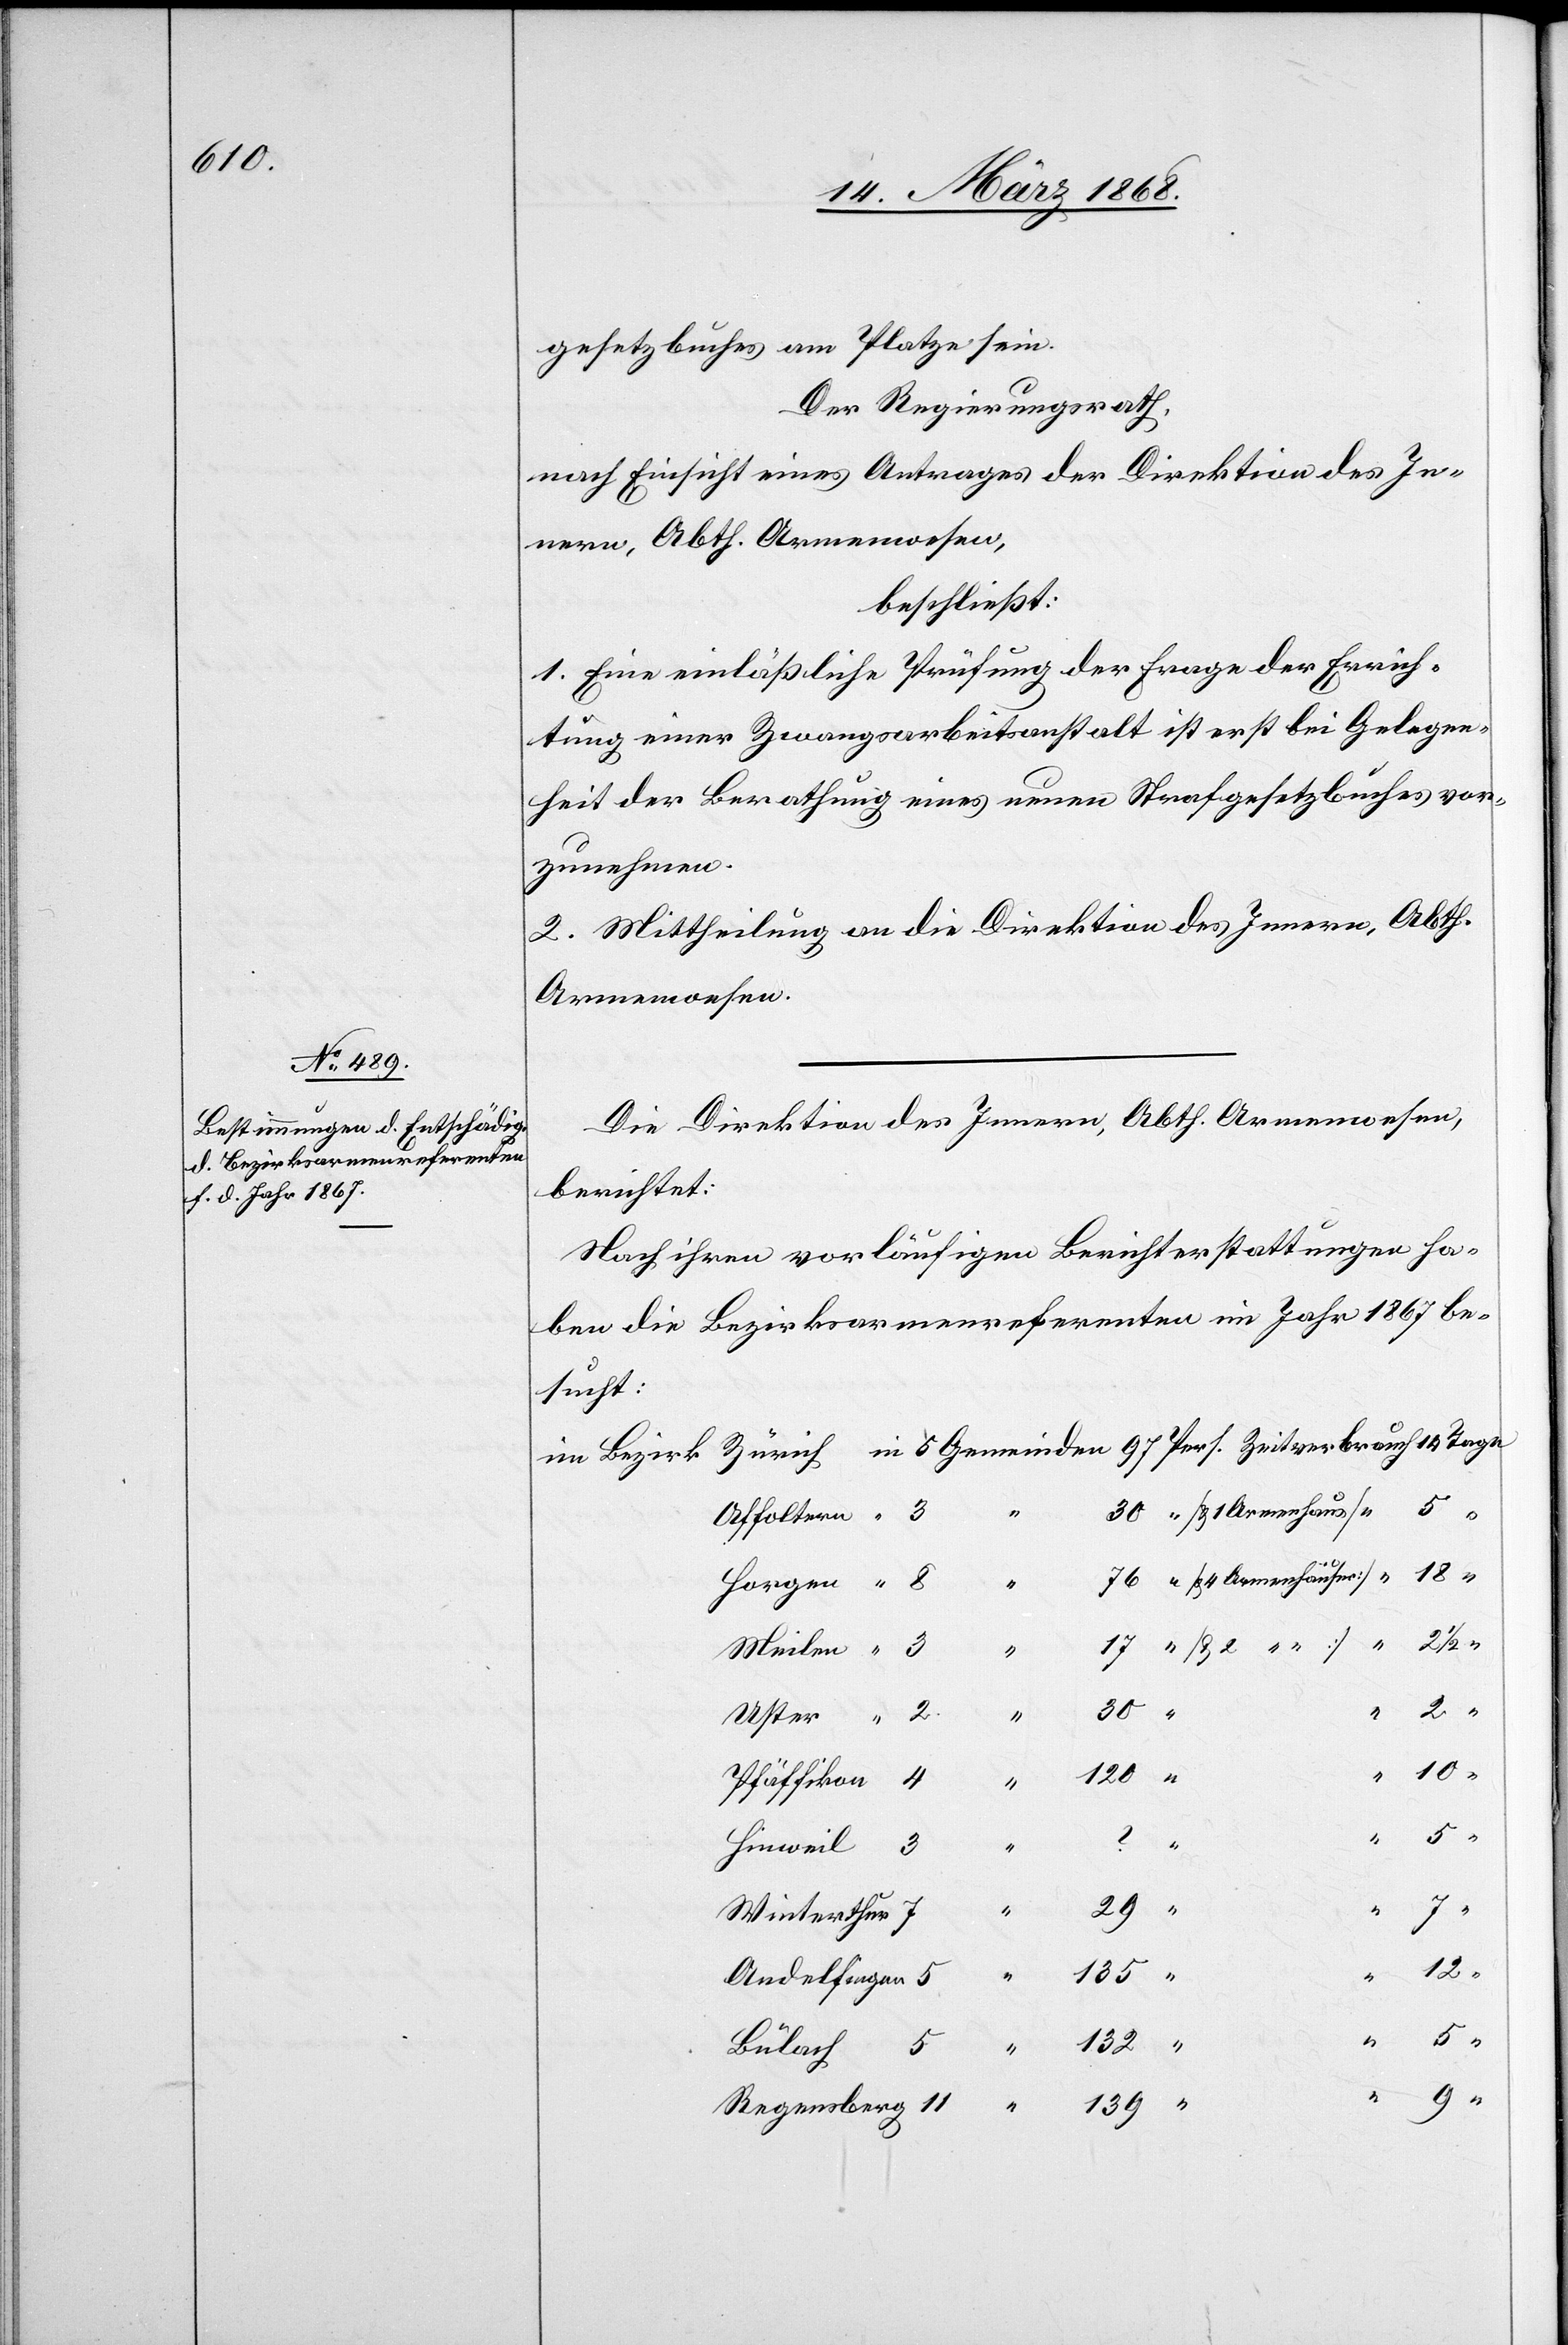
gesetzbuches am Platze sein.
Der Regierungsrath,
nach Einsicht eines Antrages der Direktion des In¬
nern, Abth. Armenwesen,
beschließt:
1. Eine einläßliche Prüfung der Frage der Errich¬
tung einer Zwangsarbeitsanstalt ist erst bei Gelegen¬
heit der Berathung eines neuen Strafgesetzbuches vor¬
zunehmen.
2. Mittheilung an die Direktion des Innern, Abth.
Armenwesen.
Die Direktion des Innern, Abth. Armenwesen,
berichtet:
Nach ihren vorläufigen Berichterstattungen ha¬
ben die Bezirksarmenreferenten im Jahr 1867 be¬
sucht:
äuser]
Affoltern
Meilen
5
30
120
Pfäffikon
Hinweil
29
sberg
Winterthur
139
Andelfingen
5